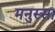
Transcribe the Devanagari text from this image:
मनुस्सा